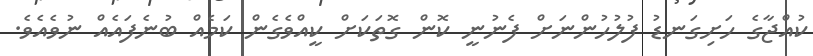
ކުއްޖާގެ ހަށިގަނޑު ފުލުހުންނަށް ފެނުނީ ކޮން ގޮތަކަށް ކީއްވެގެން ކަމެއް ބުނެފައެއް ނުވެއެވެ.